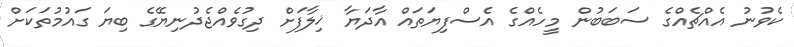
ކެވުނު އެއްޗެއްގެ ސަބަބުން މީހެއްގެ އެސްފިޔަތައް އާދަޔާ ޚިލާފަށް ދިގުވެއްޖެދުނިޔޭގެ ބިޔަ ގައުމުތަކަށް